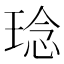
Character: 𤦬